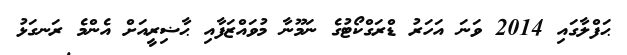
ޙަފްލާގައި 2014 ވަނަ އަހަރު ޑްރަގްކޯޓުގެ ނަމޫނާ މުވައްޒަފާއި ޙާޟިރީއަށް އެންމެ ރަނގަޅު